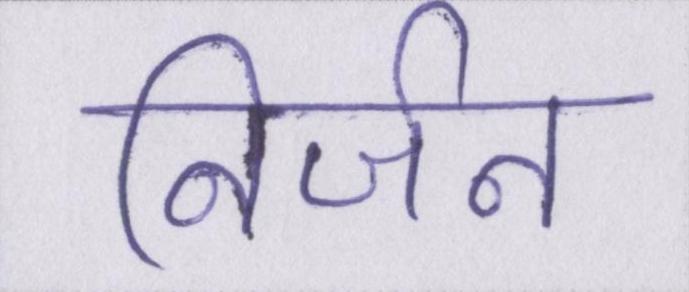
निर्जन